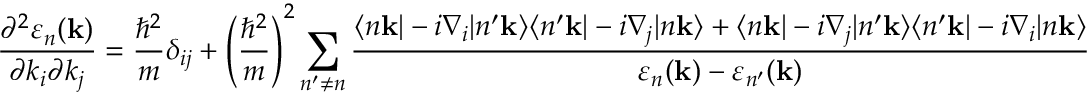
{ \frac { \partial ^ { 2 } \varepsilon _ { n } ( \mathbf { k } ) } { \partial k _ { i } \partial k _ { j } } } = { \frac { \hbar ^ { 2 } } { m } } \delta _ { i j } + \left( { \frac { \hbar ^ { 2 } } { m } } \right) ^ { 2 } \sum _ { n ^ { \prime } \neq n } { \frac { \langle n \mathbf { k } | - i \nabla _ { i } | n ^ { \prime } \mathbf { k } \rangle \langle n ^ { \prime } \mathbf { k } | - i \nabla _ { j } | n \mathbf { k } \rangle + \langle n \mathbf { k } | - i \nabla _ { j } | n ^ { \prime } \mathbf { k } \rangle \langle n ^ { \prime } \mathbf { k } | - i \nabla _ { i } | n \mathbf { k } \rangle } { \varepsilon _ { n } ( \mathbf { k } ) - \varepsilon _ { n ^ { \prime } } ( \mathbf { k } ) } }